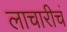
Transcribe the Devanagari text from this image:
लाचारीचं